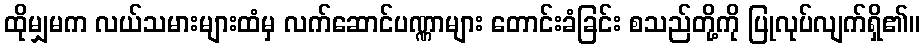
ထိုမျှမက လယ်သမားများထံမှ လက်ဆောင်ပဏ္ဏာများ တောင်းခံခြင်း စသည်တို့ကို ပြုလုပ်လျက်ရှိ၏။